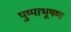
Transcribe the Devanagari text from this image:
पुष्पाभूषण